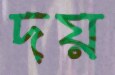
দয়